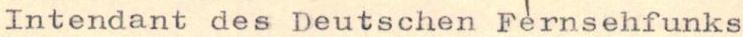
Intendant des Deutschen Fernsehfunks